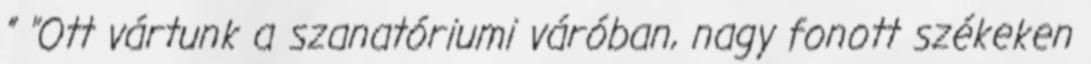
” "Ott vártunk a szanatóriumi váróban, nagy fonott székeken